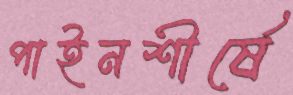
পাইনশীর্ষে